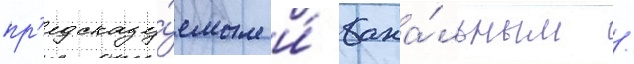
пр'едсказу́емым и́ бана́льным /